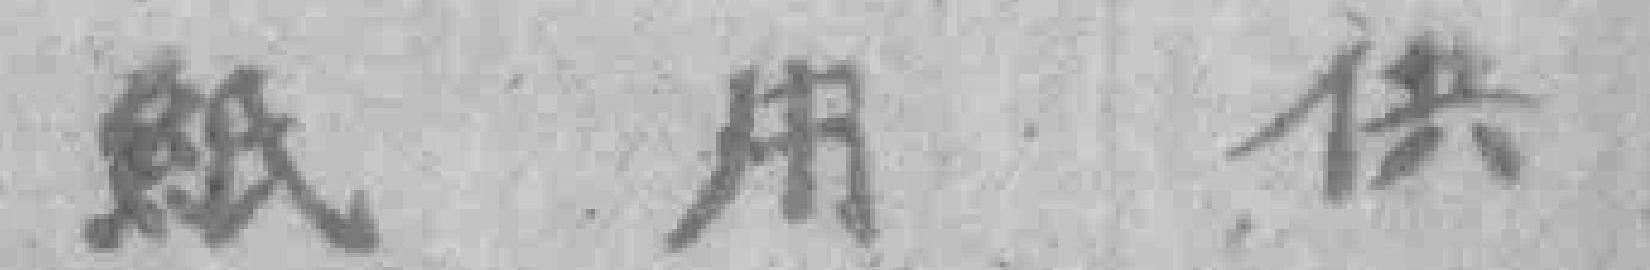
紙用供